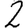
Digit: 2